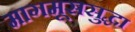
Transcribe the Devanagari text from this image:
मागमूससुद्धा